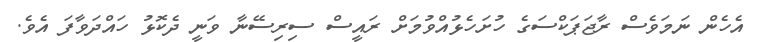
އެހެން ނަމަވެސް ރާޖަޕަކްސަގެ ހުށަހެޅުއްވުމަށް ރައީސް ސިރިސޭނާ ވަނީ ދެކޮޅު ހައްދަވާފަ އެވެ.